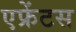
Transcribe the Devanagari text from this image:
एफ्रेंटस